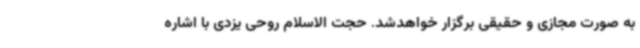
به صورت مجازی و حقیقی برگزار خواهدشد. حجت الاسلام روحی یزدی با اشاره